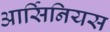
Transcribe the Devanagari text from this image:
आर्सिनियस